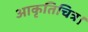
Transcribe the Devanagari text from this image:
आकृतिचित्र।